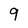
Character: 9